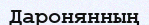
Даронянның